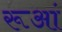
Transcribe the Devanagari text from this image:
रूआं